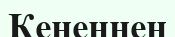
Кененнен